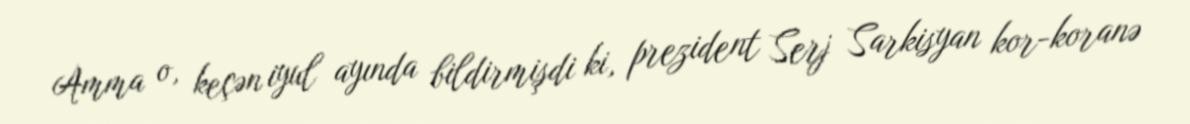
Amma o, keçən iyul ayında bildirmişdi ki, prezident Serj Sarkisyan kor-koranə